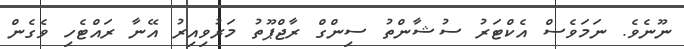
ނޫނެވެ. ނަމަވެސް އެކްޓަރު ސުޝާންތު ސިންގް ރާޖްޕޫތު މަރުވިއިރު އޭނާ ރައްޓެހި ވެގެން